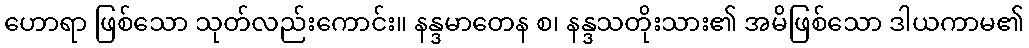
ဟောရာ ဖြစ်သော သုတ်လည်းကောင်း။ နန္ဒမာတေန စ၊ နန္ဒသတိုးသား၏ အမိဖြစ်သော ဒါယကာမ၏